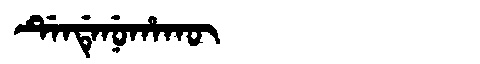
Manchu: ᡩᡝᠨᡩᡝᠨᡠᡥᠠᡴᡡ
Romanization: DENDENUHAKŪ